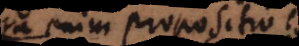
a enim propositio